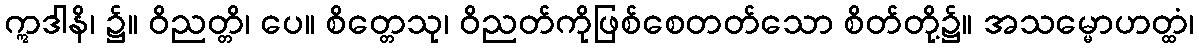
ဣဒါနိ၊ ၌။ ဝိညတ္တိ၊ ပေ။ စိတ္တေသု၊ ဝိညတ်ကိုဖြစ်စေတတ်သော စိတ်တို့၌။ အသမ္မောဟတ္ထံ၊